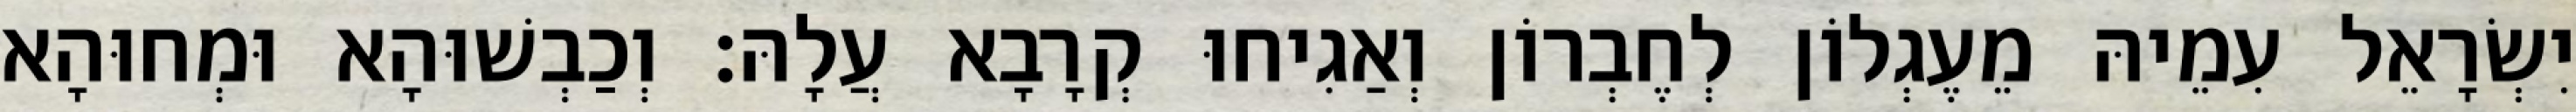
יִשְׂרָאֵל עִמֵיהּ מֵעֶגְלוֹן לְחֶבְרוֹן וְאַגִיחוּ קְרָבָא עֲלָהּ׃ וְכַבְשׁוּהָא וּמְחוּהָא